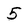
Character: 5